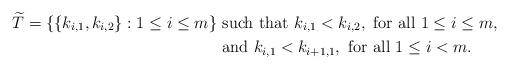
LaTeX: \begin{align*} \widetilde{T} =\{ \{ k_{i,1}, k_{i,2} \} : 1 \le i \le m \}&\mbox{ such that } k_{i,1} < k_{i,2}, \mbox{ for all } 1\le i \le m, \\ &\mbox{ and } k_{i,1} < k_{i+1,1}, \mbox{ for all } 1\le i <m. \end{align*}